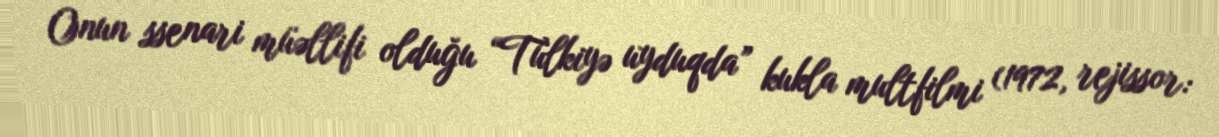
Onun ssenari müəllifi olduğu “Tülkiyə uyduqda” kukla multfilmi (1972, rejissor: